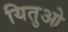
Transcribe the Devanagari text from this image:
यितुओ